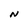
Character: N